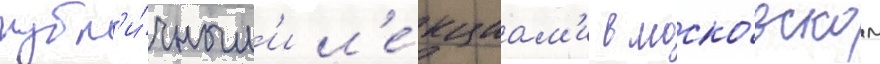
публ'и́чным'и л'е́кциам'и в моско́вском